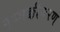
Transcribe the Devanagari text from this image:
पृथ्थक्कीकरण